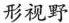
形视野